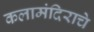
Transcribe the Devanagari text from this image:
कलामंदिराचे